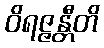
ဝိရဇ္ဇန္တီတိ